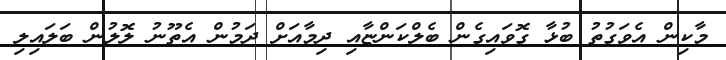
މާކިން އެވަގުތު ބުޅާ ގޮވައިގެން ބެލްކަންޏާއި ދިމާއަށް ދަމުން އެތޫނު ލޮލުން ބަލައިލި